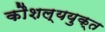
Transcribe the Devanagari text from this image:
कौशल्ययुक्त